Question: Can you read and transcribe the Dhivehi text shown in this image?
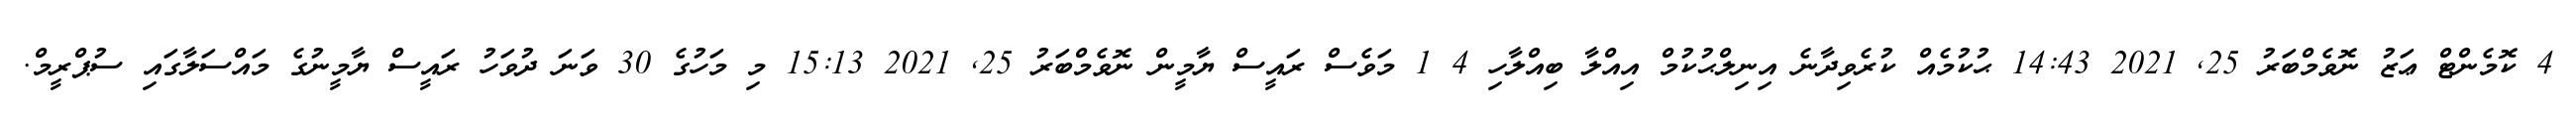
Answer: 4 ކޮމެންޓް ޢަޒު ނޮވެމްބަރު 25, 2021 14:43 ޙުކުމެއް ކުރެވިދާނެ އިނިލްޙުކުމް އިއްލާ ބިއްލާހި 4 1 މަވެސް ރައީސް ޔާމީން ނޮވެމްބަރު 25, 2021 15:13 މި މަހުގެ 30 ވަނަ ދުވަހު ރައީސް ޔާމީނުގެ މައްސަލާގައި ސުޕްރީމް.